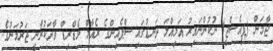
ޖާމަން (ޕީއެސްޖީ) ނުކުންނައިރު އަމިއްލަ ދަނޑުގައި ސްޕެއިންގެ ރެއާލް މެޑްރިޑް ވާދަކުރާނީ ޖަރުމަނުގެ